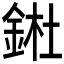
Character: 𨧀